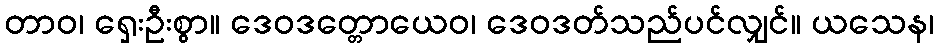
တာဝ၊ ရှေးဦးစွာ။ ဒေဝဒတ္တောယေဝ၊ ဒေဝဒတ်သည်ပင်လျှင်။ ယသေန၊